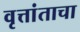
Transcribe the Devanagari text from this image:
वृत्तांताचा